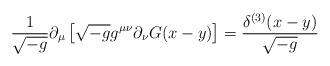
LaTeX: \begin{align*}{\frac {1} {\sqrt{-g}}} \partial_{\mu}\left[ \sqrt{-g} g^{\mu \nu}\partial_{\nu}G(x-y)\right] = {\frac {\delta^{(3)}(x-y)} {\sqrt{-g}}}\\\end{align*}